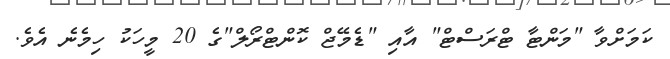
ކަމަށްވާ "މަންޓާ ޓްރަސްޓް" އާއި "ޑެމޭޖް ކޮންޓްރޯލް"ގެ 20 މީހަކު ހިމެނެ އެވެ.